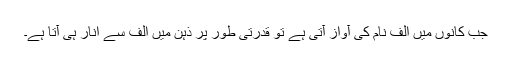
جب کانوں میں الف نام کی آواز آتی ہے تو قدرتی طور پر ذہن میں الف سے انار ہی آتا ہے۔